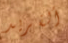
ألفريد